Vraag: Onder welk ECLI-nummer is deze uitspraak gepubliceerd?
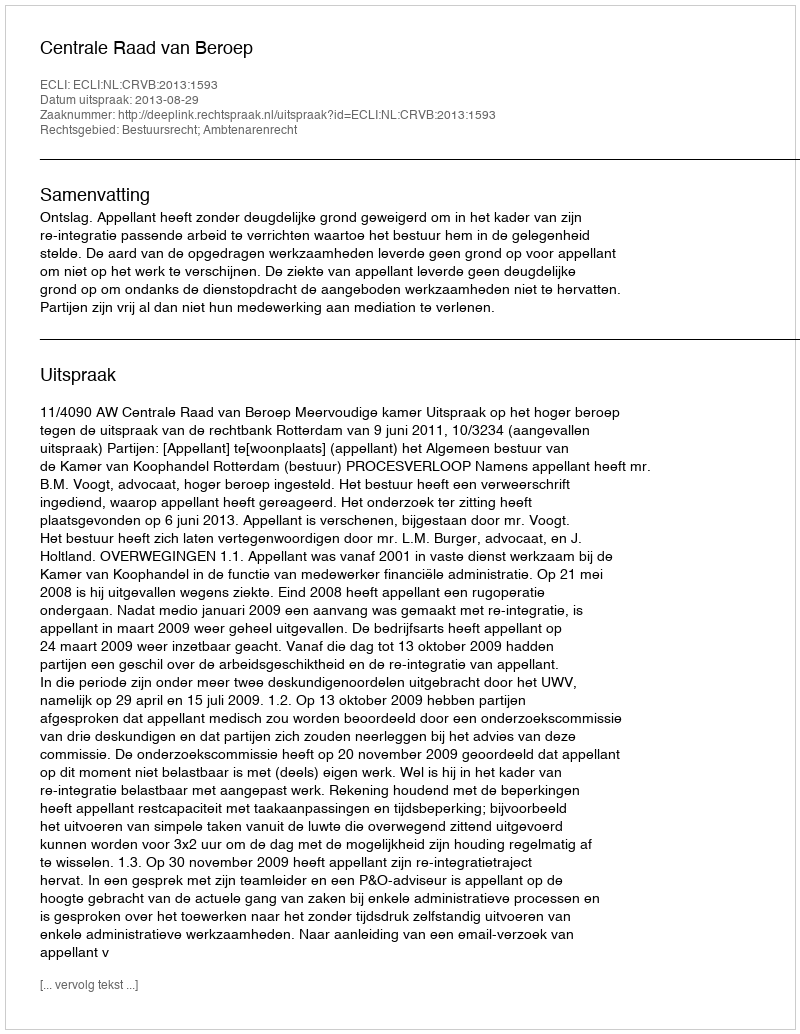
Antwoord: ECLI:NL:CRVB:2013:1593